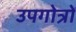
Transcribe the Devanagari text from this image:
उपगोत्रों